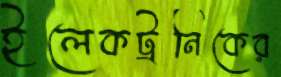
ইলেকট্রনিকের